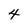
Character: 4